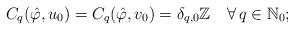
LaTeX: \begin{align*}C_q(\hat\varphi,u_0)=C_q(\hat\varphi,v_0)=\delta_{q,0}\mathbb{Z}\quad\forall\, q\in\mathbb{N}_0;\end{align*}